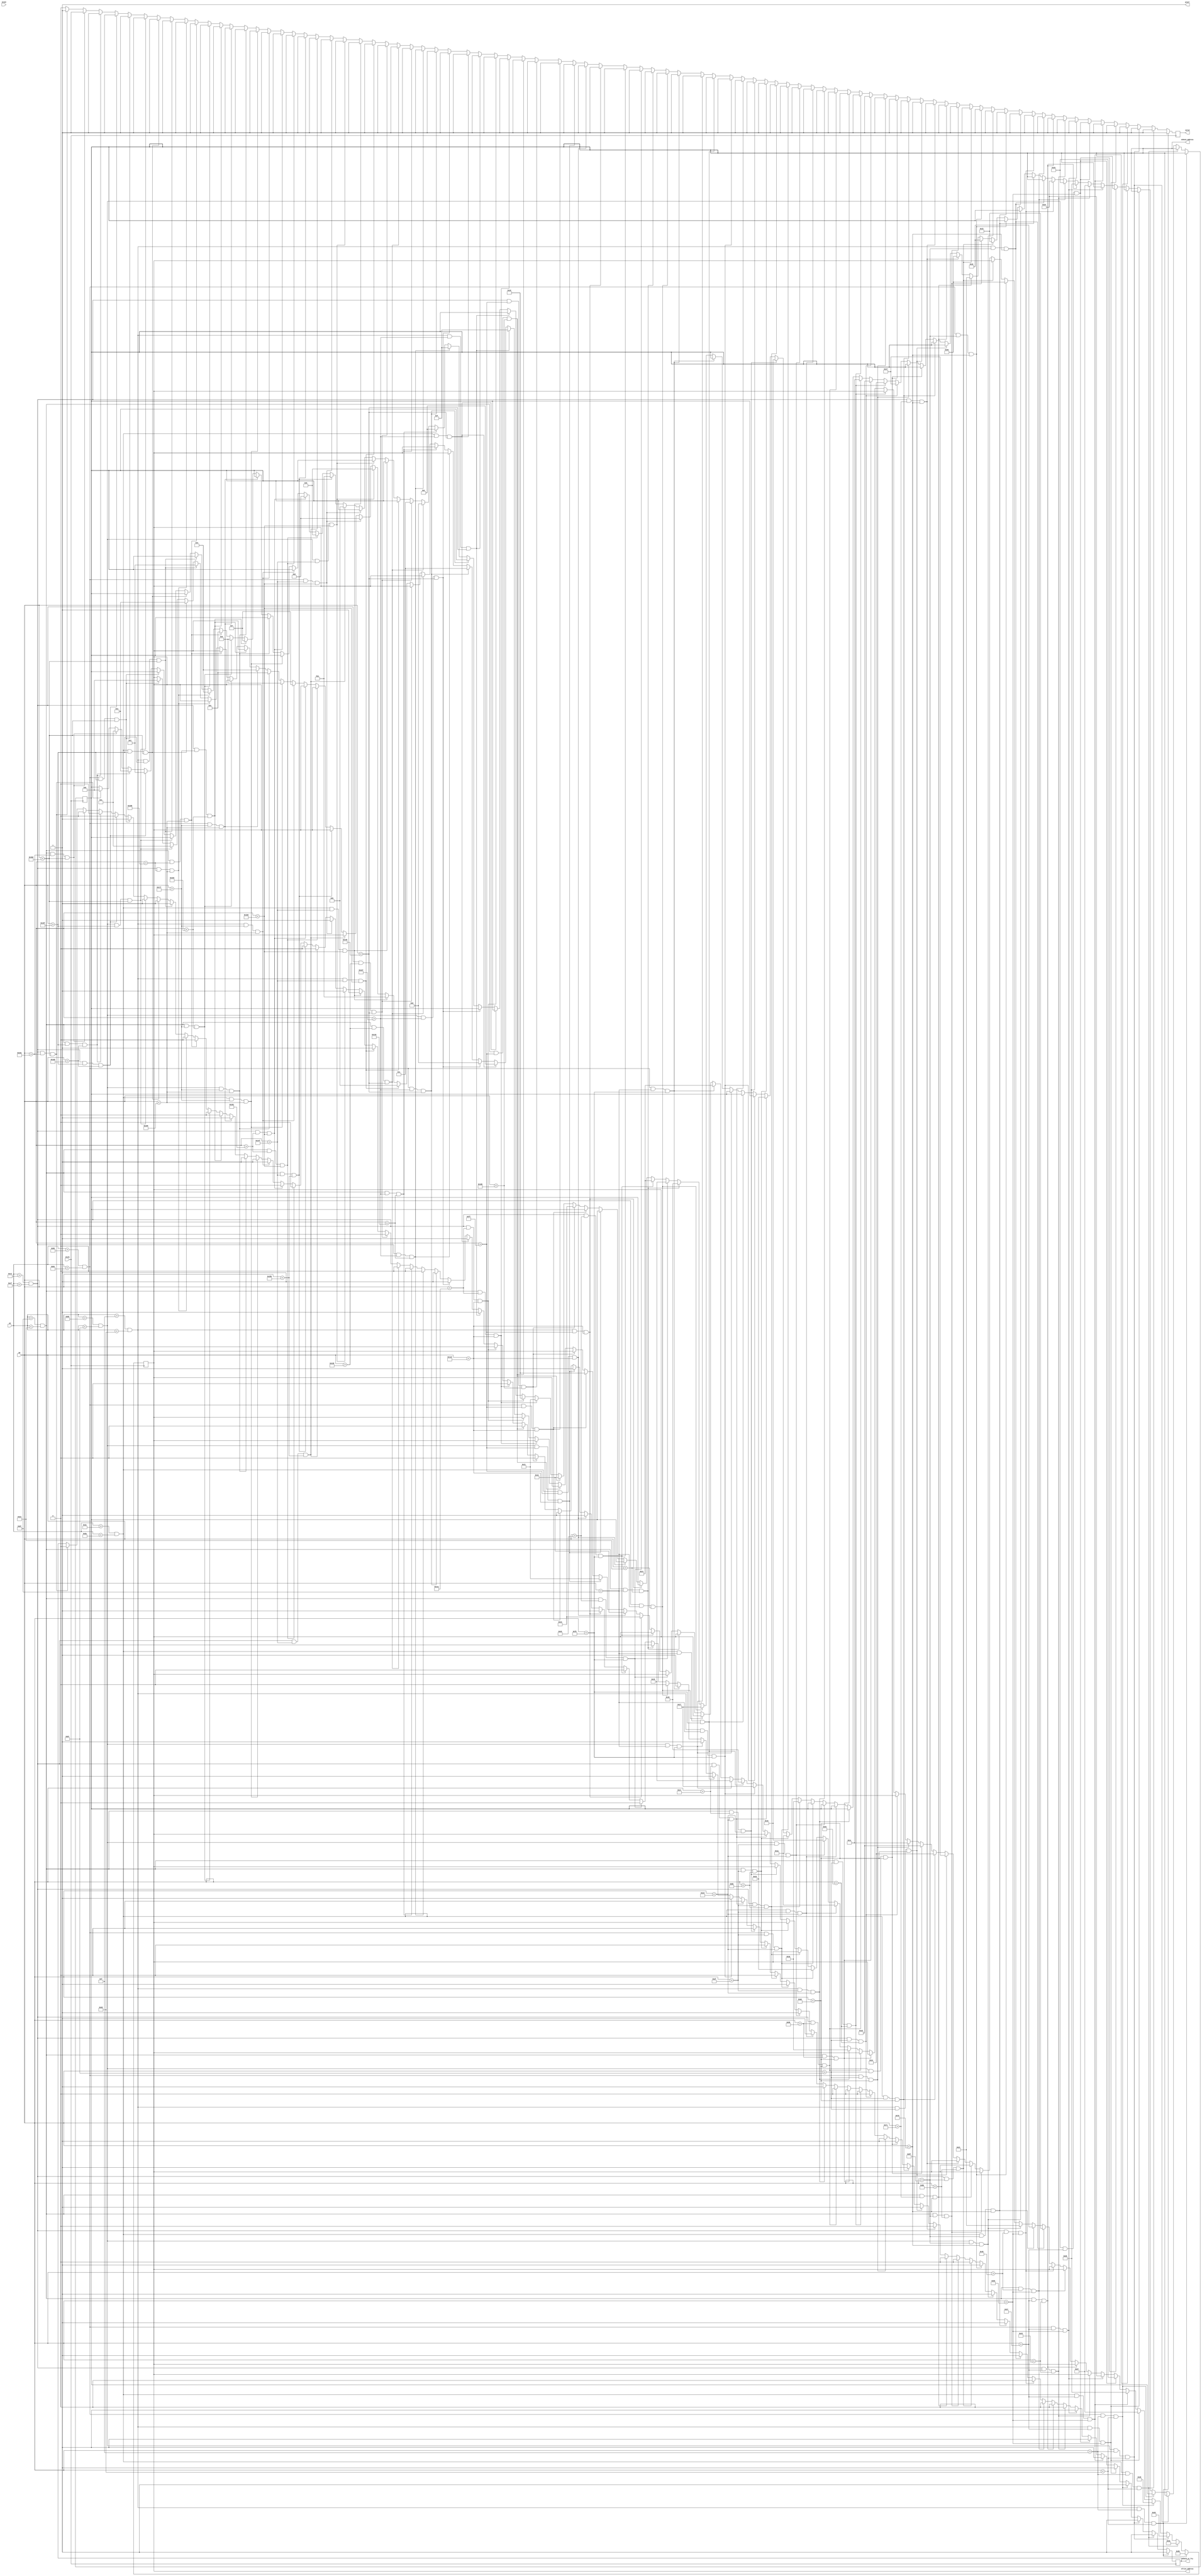
module boxes(
	input iCLK1,iCLK2,
	input [9:0] px,
	input [9:0] py,
	output reg [5:0]  oCheck_Address,
	output reg [5:0] oTries_Address,
	output reg oCheck_or_Try, //High for tries low for check
	output reg valid,
	output pixel
);


parameter COLS = 4;
parameter ROWS = 11;
parameter box_width = 30;
parameter box_height = 30;
parameter box_spacex = 15;
parameter box_spacey = 10;
parameter checks_width = 12;
parameter checks_height = 12;
parameter checks_spacex = 20;
parameter checks_spacey = 18; 


parameter row_pos = 15;
parameter col_pos = 15;
// test that we are inside the textbox
always @(negedge iCLK1)
	begin 
		//First Row (ANSWER)
		if(px>col_pos && px<(col_pos+box_width) && py>row_pos && py<(row_pos+box_height)) begin
				valid <= 1'b1;
				oTries_Address <= 43;
				oCheck_or_Try <= 1'b1;
		end else if(px>(col_pos+box_width+box_spacex) && px<((col_pos+box_width+box_spacex)+box_width) && py>row_pos && py<(row_pos+box_height)) begin
				valid <= 1'b1;
				oTries_Address <= 42;
				oCheck_or_Try <= 1'b1;
		end else if(px>(col_pos+2*(box_width+box_spacex)) && px<((col_pos+2*(box_width+box_spacex)) +box_width) && py>row_pos && py<(row_pos+box_height)) begin
				valid <= 1'b1;
				oTries_Address <= 41;
				oCheck_or_Try <= 1'b1;
		end else if(px>(col_pos+3*(box_width+box_spacex)) && px<((col_pos+3*(box_width+box_spacex)) +box_width) && py>row_pos && py<(row_pos+box_height)) begin
				valid <= 1'b1;
				oTries_Address <= 40;
				oCheck_or_Try <= 1'b1;
		//Second Row
		end else if(px>col_pos && px<(col_pos+box_width) && py>(row_pos+box_height+box_spacey) && py<((row_pos+box_height+box_spacey) +box_height)) begin
				valid <= 1'b1;
				oTries_Address <= 39;
				oCheck_or_Try <= 1'b1;
		end else if(px>(col_pos+box_width+box_spacex) && px<((col_pos+box_width+box_spacex)+box_width) && py>(row_pos+box_height+box_spacey) && py<((row_pos+box_height+box_spacey) +box_height)) begin
				valid <= 1'b1;
				oTries_Address <= 38;
				oCheck_or_Try <= 1'b1;
		end else if(px>(col_pos+2*(box_width+box_spacex)) && px<((col_pos+2*(box_width+box_spacex)) +box_width) && py>(row_pos+box_height+box_spacey) && py<((row_pos+box_height+box_spacey) +box_height)) begin
				valid <= 1'b1;
				oTries_Address <= 37;
				oCheck_or_Try <= 1'b1;
		end else if(px>(col_pos+3*(box_width+box_spacex)) && px<((col_pos+3*(box_width+box_spacex)) +box_width) && py>(row_pos+box_height+box_spacey) && py<((row_pos+box_height+box_spacey) +box_height)) begin
				valid <= 1'b1;
				oTries_Address <= 36;
				oCheck_or_Try <= 1'b1;
		//Second Row Tries 
		end else if(px>col_pos+4*(box_width+box_spacex) && px<((col_pos+4*(box_width+box_spacex)+checks_width)) 
					&& py>(row_pos+box_height+box_spacey) && py<(row_pos+checks_height+box_height+box_spacey)) begin
				valid <= 1'b1;
				oCheck_Address <= 39;
				oCheck_or_Try <= 1'b0;
		end else if(px>col_pos+4*(box_width+box_spacex)+checks_spacex && px<((col_pos+4*(box_width+box_spacex)+checks_spacex+checks_width)) 
					&& py>(row_pos+box_height+box_spacey) && py<(row_pos+checks_height+box_height+box_spacey)) begin
				valid <= 1'b1;
				oCheck_Address <= 38;
				oCheck_or_Try <= 1'b0;
		end else if(px>col_pos+4*(box_width+box_spacex)+checks_spacex  && px<((col_pos+4*(box_width+box_spacex)+checks_spacex+checks_width)) 
					&& py>(row_pos+box_height+box_spacey+checks_spacey) && py<(row_pos+checks_height+box_height+box_spacey+checks_spacey)) begin
			valid <= 1'b1;
			oCheck_Address <= 37;
			oCheck_or_Try <= 1'b0;
		end else if(px>col_pos+4*(box_width+box_spacex) && px<((col_pos+4*(box_width+box_spacex)+checks_width))
					&& py>(row_pos+box_height+box_spacey+checks_spacey) && py<(row_pos+checks_height+box_height+box_spacey+checks_spacey)) begin
			valid <= 1'b1;
			oCheck_Address <= 36;
			oCheck_or_Try <= 1'b0;
         //Third Row
         end else if(px>col_pos && px<(col_pos+box_width) && py>(row_pos+2*(box_height+box_spacey)) && py<((row_pos+2*(box_height+box_spacey)) +box_height)) begin
         		valid <= 1'b1;
         		oTries_Address <= 35;
         		oCheck_or_Try <= 1'b1;
         end else if(px>(col_pos+box_width+box_spacex) && px<((col_pos+box_width+box_spacex)+box_width) && py>(row_pos+2*(box_height+box_spacey)) && py<((row_pos+2*(box_height+box_spacey)) +box_height)) begin
         		valid <= 1'b1;
         		oTries_Address <= 34;
         		oCheck_or_Try <= 1'b1;
         end else if(px>(col_pos+2*(box_width+box_spacex)) && px<((col_pos+2*(box_width+box_spacex)) +box_width) && py>(row_pos+2*(box_height+box_spacey)) && py<((row_pos+2*(box_height+box_spacey)) +box_height)) begin
         		valid <= 1'b1;
         		oTries_Address <= 33;
         		oCheck_or_Try <= 1'b1;
         end else if(px>(col_pos+3*(box_width+box_spacex)) && px<((col_pos+3*(box_width+box_spacex)) +box_width) && py>(row_pos+2*(box_height+box_spacey)) && py<((row_pos+2*(box_height+box_spacey)) +box_height)) begin
         		valid <= 1'b1;
         		oTries_Address <= 32;
         		oCheck_or_Try <= 1'b1;
         //Third Row Tries 
         end else if(px>col_pos+4*(box_width+box_spacex) && px<((col_pos+4*(box_width+box_spacex)+checks_width)) 
         			&& py>(row_pos+2*(box_height+box_spacey)) && py<(row_pos+checks_height+2*(box_height+box_spacey))) begin
         		valid <= 1'b1;
         		oCheck_Address <= 35;
         		oCheck_or_Try <= 1'b0;
         end else if(px>col_pos+4*(box_width+box_spacex)+checks_spacex && px<((col_pos+4*(box_width+box_spacex)+checks_spacex+checks_width)) 
         			&& py>(row_pos+2*(box_height+box_spacey)) && py<(row_pos+checks_height+2*(box_height+box_spacey))) begin
         		valid <= 1'b1;
         		oCheck_Address <= 34;
         		oCheck_or_Try <= 1'b0;
         end else if(px>col_pos+4*(box_width+box_spacex)+checks_spacex  && px<((col_pos+4*(box_width+box_spacex)+checks_spacex+checks_width)) 
         			&& py>(row_pos+2*(box_height+box_spacey)+checks_spacey) && py<(row_pos+checks_height+2*(box_height+box_spacey)+checks_spacey)) begin
         	valid <= 1'b1;
         	oCheck_Address <= 33;
         	oCheck_or_Try <= 1'b0;
         end else if(px>col_pos+4*(box_width+box_spacex) && px<((col_pos+4*(box_width+box_spacex)+checks_width))
         			&& py>(row_pos+2*(box_height+box_spacey)+checks_spacey) && py<(row_pos+checks_height+2*(box_height+box_spacey)+checks_spacey)) begin
         	valid <= 1'b1;
         	oCheck_Address <= 32;
         	oCheck_or_Try <= 1'b0;
         //Fourth Row
         end else if(px>col_pos && px<(col_pos+box_width) && py>(row_pos+3*(box_height+box_spacey)) && py<((row_pos+3*(box_height+box_spacey)) +box_height)) begin
         		valid <= 1'b1;
         		oTries_Address <= 31;
         		oCheck_or_Try <= 1'b1;
         end else if(px>(col_pos+box_width+box_spacex) && px<((col_pos+box_width+box_spacex)+box_width) && py>(row_pos+3*(box_height+box_spacey)) && py<((row_pos+3*(box_height+box_spacey)) +box_height)) begin
         		valid <= 1'b1;
         		oTries_Address <= 30;
         		oCheck_or_Try <= 1'b1;
         end else if(px>(col_pos+2*(box_width+box_spacex)) && px<((col_pos+2*(box_width+box_spacex)) +box_width) && py>(row_pos+3*(box_height+box_spacey)) && py<((row_pos+3*(box_height+box_spacey)) +box_height)) begin
         		valid <= 1'b1;
         		oTries_Address <= 29;
         		oCheck_or_Try <= 1'b1;
         end else if(px>(col_pos+3*(box_width+box_spacex)) && px<((col_pos+3*(box_width+box_spacex)) +box_width) && py>(row_pos+3*(box_height+box_spacey)) && py<((row_pos+3*(box_height+box_spacey)) +box_height)) begin
         		valid <= 1'b1;
         		oTries_Address <= 28;
         		oCheck_or_Try <= 1'b1;
         //Fourth Row Tries 
			end else if(px>col_pos+4*(box_width+box_spacex) && px<((col_pos+4*(box_width+box_spacex)+checks_width)) 
						&& py>(row_pos+3*(box_height+box_spacey)) && py<(row_pos+checks_height+3*(box_height+box_spacey))) begin
					valid <= 1'b1;
					oCheck_Address <= 31;
					oCheck_or_Try <= 1'b0;
			end else if(px>col_pos+4*(box_width+box_spacex)+checks_spacex && px<((col_pos+4*(box_width+box_spacex)+checks_spacex+checks_width)) 
						&& py>(row_pos+3*(box_height+box_spacey)) && py<(row_pos+checks_height+3*(box_height+box_spacey))) begin
					valid <= 1'b1;
					oCheck_Address <= 30;
					oCheck_or_Try <= 1'b0;
			end else if(px>col_pos+4*(box_width+box_spacex)+checks_spacex  && px<((col_pos+4*(box_width+box_spacex)+checks_spacex+checks_width)) 
						&& py>(row_pos+3*(box_height+box_spacey)+checks_spacey) && py<(row_pos+checks_height+3*(box_height+box_spacey)+checks_spacey)) begin
				valid <= 1'b1;
				oCheck_Address <= 29;
				oCheck_or_Try <= 1'b0;
			end else if(px>col_pos+4*(box_width+box_spacex) && px<((col_pos+4*(box_width+box_spacex)+checks_width))
						&& py>(row_pos+3*(box_height+box_spacey)+checks_spacey) && py<(row_pos+checks_height+3*(box_height+box_spacey)+checks_spacey)) begin
				valid <= 1'b1;
				oCheck_Address <= 28;
				oCheck_or_Try <= 1'b0;
	//Fifth Row
	end else if(px>col_pos && px<(col_pos+box_width) && py>(row_pos+4*(box_height+box_spacey)) && py<((row_pos+4*(box_height+box_spacey)) +box_height)) begin
			valid <= 1'b1;
			oTries_Address <= 27;
			oCheck_or_Try <= 1'b1;
	end else if(px>(col_pos+box_width+box_spacex) && px<((col_pos+box_width+box_spacex)+box_width) && py>(row_pos+4*(box_height+box_spacey)) && py<((row_pos+4*(box_height+box_spacey)) +box_height)) begin
			valid <= 1'b1;
			oTries_Address <= 26;
			oCheck_or_Try <= 1'b1;
	end else if(px>(col_pos+2*(box_width+box_spacex)) && px<((col_pos+2*(box_width+box_spacex)) +box_width) && py>(row_pos+4*(box_height+box_spacey)) && py<((row_pos+4*(box_height+box_spacey)) +box_height)) begin
			valid <= 1'b1;
			oTries_Address <= 25;
			oCheck_or_Try <= 1'b1;
	end else if(px>(col_pos+3*(box_width+box_spacex)) && px<((col_pos+3*(box_width+box_spacex)) +box_width) && py>(row_pos+4*(box_height+box_spacey)) && py<((row_pos+4*(box_height+box_spacey)) +box_height)) begin
			valid <= 1'b1;
			oTries_Address <= 24;
			oCheck_or_Try <= 1'b1;
	//Fifth Row Tries 
			end else if(px>col_pos+4*(box_width+box_spacex) && px<((col_pos+4*(box_width+box_spacex)+checks_width)) 
						&& py>(row_pos+4*(box_height+box_spacey)) && py<(row_pos+checks_height+4*(box_height+box_spacey))) begin
					valid <= 1'b1;
					oCheck_Address <= 27;
					oCheck_or_Try <= 1'b0;
			end else if(px>col_pos+4*(box_width+box_spacex)+checks_spacex && px<((col_pos+4*(box_width+box_spacex)+checks_spacex+checks_width)) 
						&& py>(row_pos+4*(box_height+box_spacey)) && py<(row_pos+checks_height+4*(box_height+box_spacey))) begin
					valid <= 1'b1;
					oCheck_Address <= 26;
					oCheck_or_Try <= 1'b0;
			end else if(px>col_pos+4*(box_width+box_spacex)+checks_spacex  && px<((col_pos+4*(box_width+box_spacex)+checks_spacex+checks_width)) 
						&& py>(row_pos+4*(box_height+box_spacey)+checks_spacey) && py<(row_pos+checks_height+4*(box_height+box_spacey)+checks_spacey)) begin
				valid <= 1'b1;
				oCheck_Address <= 25;
				oCheck_or_Try <= 1'b0;
			end else if(px>col_pos+4*(box_width+box_spacex) && px<((col_pos+4*(box_width+box_spacex)+checks_width))
						&& py>(row_pos+4*(box_height+box_spacey)+checks_spacey) && py<(row_pos+checks_height+4*(box_height+box_spacey)+checks_spacey)) begin
				valid <= 1'b1;
				oCheck_Address <= 24;
				oCheck_or_Try <= 1'b0;
	//Sixth Row
	end else if(px>col_pos && px<(col_pos+box_width) && py>(row_pos+5*(box_height+box_spacey)) && py<((row_pos+5*(box_height+box_spacey)) +box_height)) begin
			valid <= 1'b1;
			oTries_Address <= 23;
			oCheck_or_Try <= 1'b1;
	end else if(px>(col_pos+box_width+box_spacex) && px<((col_pos+box_width+box_spacex)+box_width) && py>(row_pos+5*(box_height+box_spacey)) && py<((row_pos+5*(box_height+box_spacey)) +box_height)) begin
			valid <= 1'b1;
			oTries_Address <= 22;
			oCheck_or_Try <= 1'b1;
	end else if(px>(col_pos+2*(box_width+box_spacex)) && px<((col_pos+2*(box_width+box_spacex)) +box_width) && py>(row_pos+5*(box_height+box_spacey)) && py<((row_pos+5*(box_height+box_spacey)) +box_height)) begin
			valid <= 1'b1;
			oTries_Address <= 21;
			oCheck_or_Try <= 1'b1;
	end else if(px>(col_pos+3*(box_width+box_spacex)) && px<((col_pos+3*(box_width+box_spacex)) +box_width) && py>(row_pos+5*(box_height+box_spacey)) && py<((row_pos+5*(box_height+box_spacey)) +box_height)) begin
			valid <= 1'b1;
			oTries_Address <= 20;
			oCheck_or_Try <= 1'b1;
	//Sixth Row Tries 
			end else if(px>col_pos+4*(box_width+box_spacex) && px<((col_pos+4*(box_width+box_spacex)+checks_width)) 
						&& py>(row_pos+5*(box_height+box_spacey)) && py<(row_pos+checks_height+5*(box_height+box_spacey))) begin
					valid <= 1'b1;
					oCheck_Address <= 23;
					oCheck_or_Try <= 1'b0;
			end else if(px>col_pos+4*(box_width+box_spacex)+checks_spacex && px<((col_pos+4*(box_width+box_spacex)+checks_spacex+checks_width)) 
						&& py>(row_pos+5*(box_height+box_spacey)) && py<(row_pos+checks_height+5*(box_height+box_spacey))) begin
					valid <= 1'b1;
					oCheck_Address <= 22;
					oCheck_or_Try <= 1'b0;
			end else if(px>col_pos+4*(box_width+box_spacex)+checks_spacex  && px<((col_pos+4*(box_width+box_spacex)+checks_spacex+checks_width)) 
						&& py>(row_pos+5*(box_height+box_spacey)+checks_spacey) && py<(row_pos+checks_height+5*(box_height+box_spacey)+checks_spacey)) begin
				valid <= 1'b1;
				oCheck_Address <= 21;
				oCheck_or_Try <= 1'b0;
			end else if(px>col_pos+4*(box_width+box_spacex) && px<((col_pos+4*(box_width+box_spacex)+checks_width))
						&& py>(row_pos+5*(box_height+box_spacey)+checks_spacey) && py<(row_pos+checks_height+5*(box_height+box_spacey)+checks_spacey)) begin
				valid <= 1'b1;
				oCheck_Address <= 20;
				oCheck_or_Try <= 1'b0;
	//Seventh Row
	end else if(px>col_pos && px<(col_pos+box_width) && py>(row_pos+6*(box_height+box_spacey)) && py<((row_pos+6*(box_height+box_spacey)) +box_height)) begin
			valid <= 1'b1;
			oTries_Address <= 19;
			oCheck_or_Try <= 1'b1;
	end else if(px>(col_pos+box_width+box_spacex) && px<((col_pos+box_width+box_spacex)+box_width) && py>(row_pos+6*(box_height+box_spacey)) && py<((row_pos+6*(box_height+box_spacey)) +box_height)) begin
			valid <= 1'b1;
			oTries_Address <= 18;
			oCheck_or_Try <= 1'b1;
	end else if(px>(col_pos+2*(box_width+box_spacex)) && px<((col_pos+2*(box_width+box_spacex)) +box_width) && py>(row_pos+6*(box_height+box_spacey)) && py<((row_pos+6*(box_height+box_spacey)) +box_height)) begin
			valid <= 1'b1;
			oTries_Address <= 17;
			oCheck_or_Try <= 1'b1;
	end else if(px>(col_pos+3*(box_width+box_spacex)) && px<((col_pos+3*(box_width+box_spacex)) +box_width) && py>(row_pos+6*(box_height+box_spacey)) && py<((row_pos+6*(box_height+box_spacey)) +box_height)) begin
			valid <= 1'b1;
			oTries_Address <= 16;
			oCheck_or_Try <= 1'b1;
			
	//Seventh Row Tries 
			end else if(px>col_pos+4*(box_width+box_spacex) && px<((col_pos+4*(box_width+box_spacex)+checks_width)) 
						&& py>(row_pos+6*(box_height+box_spacey)) && py<(row_pos+checks_height+6*(box_height+box_spacey))) begin
					valid <= 1'b1;
					oCheck_Address <= 19;
					oCheck_or_Try <= 1'b0;
			end else if(px>col_pos+4*(box_width+box_spacex)+checks_spacex && px<((col_pos+4*(box_width+box_spacex)+checks_spacex+checks_width)) 
						&& py>(row_pos+6*(box_height+box_spacey)) && py<(row_pos+checks_height+6*(box_height+box_spacey))) begin
					valid <= 1'b1;
					oCheck_Address <= 18;
					oCheck_or_Try <= 1'b0;
			end else if(px>col_pos+4*(box_width+box_spacex)+checks_spacex  && px<((col_pos+4*(box_width+box_spacex)+checks_spacex+checks_width)) 
						&& py>(row_pos+6*(box_height+box_spacey)+checks_spacey) && py<(row_pos+checks_height+6*(box_height+box_spacey)+checks_spacey)) begin
				valid <= 1'b1;
				oCheck_Address <= 17;
				oCheck_or_Try <= 1'b0;
			end else if(px>col_pos+4*(box_width+box_spacex) && px<((col_pos+4*(box_width+box_spacex)+checks_width))
						&& py>(row_pos+6*(box_height+box_spacey)+checks_spacey) && py<(row_pos+checks_height+6*(box_height+box_spacey)+checks_spacey)) begin
				valid <= 1'b1;
				oCheck_Address <= 16;
				oCheck_or_Try <= 1'b0;
		//Eigth Row
		end else if(px>col_pos && px<(col_pos+box_width) && py>(row_pos+7*(box_height+box_spacey)) && py<((row_pos+7*(box_height+box_spacey)) +box_height)) begin
				valid <= 1'b1;
				oTries_Address <= 15;
				oCheck_or_Try <= 1'b1;
		end else if(px>(col_pos+box_width+box_spacex) && px<((col_pos+box_width+box_spacex)+box_width) && py>(row_pos+7*(box_height+box_spacey)) && py<((row_pos+7*(box_height+box_spacey)) +box_height)) begin
				valid <= 1'b1;
				oTries_Address <= 14;
				oCheck_or_Try <= 1'b1;
		end else if(px>(col_pos+2*(box_width+box_spacex)) && px<((col_pos+2*(box_width+box_spacex)) +box_width) && py>(row_pos+7*(box_height+box_spacey)) && py<((row_pos+7*(box_height+box_spacey)) +box_height)) begin
				valid <= 1'b1;
				oTries_Address <= 13;
				oCheck_or_Try <= 1'b1;
		end else if(px>(col_pos+3*(box_width+box_spacex)) && px<((col_pos+3*(box_width+box_spacex)) +box_width) && py>(row_pos+7*(box_height+box_spacey)) && py<((row_pos+7*(box_height+box_spacey)) +box_height)) begin
				valid <= 1'b1;
				oTries_Address <= 12;
				oCheck_or_Try <= 1'b1;
		//Eigth Row Tries 
		end else if(px>col_pos+4*(box_width+box_spacex) && px<((col_pos+4*(box_width+box_spacex)+checks_width)) 
					&& py>(row_pos+7*(box_height+box_spacey)) && py<(row_pos+checks_height+7*(box_height+box_spacey))) begin
				valid <= 1'b1;
				oCheck_Address <= 15;
				oCheck_or_Try <= 1'b0;
		end else if(px>col_pos+4*(box_width+box_spacex)+checks_spacex && px<((col_pos+4*(box_width+box_spacex)+checks_spacex+checks_width)) 
					&& py>(row_pos+7*(box_height+box_spacey)) && py<(row_pos+checks_height+7*(box_height+box_spacey))) begin
				valid <= 1'b1;
				oCheck_Address <= 14;
				oCheck_or_Try <= 1'b0;
		end else if(px>col_pos+4*(box_width+box_spacex)+checks_spacex  && px<((col_pos+4*(box_width+box_spacex)+checks_spacex+checks_width)) 
					&& py>(row_pos+7*(box_height+box_spacey)+checks_spacey) && py<(row_pos+checks_height+7*(box_height+box_spacey)+checks_spacey)) begin
			valid <= 1'b1;
			oCheck_Address <= 13;
			oCheck_or_Try <= 1'b0;
		end else if(px>col_pos+4*(box_width+box_spacex) && px<((col_pos+4*(box_width+box_spacex)+checks_width))
					&& py>(row_pos+7*(box_height+box_spacey)+checks_spacey) && py<(row_pos+checks_height+7*(box_height+box_spacey)+checks_spacey)) begin
			valid <= 1'b1;
			oCheck_Address <= 12;
			oCheck_or_Try <= 1'b0;
		//Nineth Row
		end else if(px>col_pos && px<(col_pos+box_width) && py>(row_pos+8*(box_height+box_spacey)) && py<((row_pos+8*(box_height+box_spacey)) +box_height)) begin
				valid <= 1'b1;
				oTries_Address <= 11;
				oCheck_or_Try <= 1'b1;
		end else if(px>(col_pos+box_width+box_spacex) && px<((col_pos+box_width+box_spacex)+box_width) && py>(row_pos+8*(box_height+box_spacey)) && py<((row_pos+8*(box_height+box_spacey)) +box_height)) begin
				valid <= 1'b1;
				oTries_Address <= 10;
				oCheck_or_Try <= 1'b1;
		end else if(px>(col_pos+2*(box_width+box_spacex)) && px<((col_pos+2*(box_width+box_spacex)) +box_width) && py>(row_pos+8*(box_height+box_spacey)) && py<((row_pos+8*(box_height+box_spacey)) +box_height)) begin
				valid <= 1'b1;
				oTries_Address <= 9;
				oCheck_or_Try <= 1'b1;
		end else if(px>(col_pos+3*(box_width+box_spacex)) && px<((col_pos+3*(box_width+box_spacex)) +box_width) && py>(row_pos+8*(box_height+box_spacey)) && py<((row_pos+8*(box_height+box_spacey)) +box_height)) begin
				valid <= 1'b1;
				oTries_Address <= 8;
				oCheck_or_Try <= 1'b1;
		//Nineth Row Tries 
		end else if(px>col_pos+4*(box_width+box_spacex) && px<((col_pos+4*(box_width+box_spacex)+checks_width)) 
					&& py>(row_pos+8*(box_height+box_spacey)) && py<(row_pos+checks_height+8*(box_height+box_spacey))) begin
				valid <= 1'b1;
				oCheck_Address <= 11;
				oCheck_or_Try <= 1'b0;
		end else if(px>col_pos+4*(box_width+box_spacex)+checks_spacex && px<((col_pos+4*(box_width+box_spacex)+checks_spacex+checks_width)) 
					&& py>(row_pos+8*(box_height+box_spacey)) && py<(row_pos+checks_height+8*(box_height+box_spacey))) begin
				valid <= 1'b1;
				oCheck_Address <= 10;
				oCheck_or_Try <= 1'b0;
		end else if(px>col_pos+4*(box_width+box_spacex)+checks_spacex  && px<((col_pos+4*(box_width+box_spacex)+checks_spacex+checks_width)) 
					&& py>(row_pos+8*(box_height+box_spacey)+checks_spacey) && py<(row_pos+checks_height+8*(box_height+box_spacey)+checks_spacey)) begin
			valid <= 1'b1;
			oCheck_Address <= 9;
			oCheck_or_Try <= 1'b0;
		end else if(px>col_pos+4*(box_width+box_spacex) && px<((col_pos+4*(box_width+box_spacex)+checks_width))
					&& py>(row_pos+8*(box_height+box_spacey)+checks_spacey) && py<(row_pos+checks_height+8*(box_height+box_spacey)+checks_spacey)) begin
			valid <= 1'b1;
			oCheck_Address <= 8;
			oCheck_or_Try <= 1'b0;
		
		//Tenth Row
		end else if(px>col_pos && px<(col_pos+box_width) && py>(row_pos+9*(box_height+box_spacey)) && py<((row_pos+9*(box_height+box_spacey)) +box_height)) begin
				valid <= 1'b1;
				oTries_Address <= 7;
				oCheck_or_Try <= 1'b1;
		end else if(px>(col_pos+box_width+box_spacex) && px<((col_pos+box_width+box_spacex)+box_width) && py>(row_pos+9*(box_height+box_spacey)) && py<((row_pos+9*(box_height+box_spacey)) +box_height)) begin
				valid <= 1'b1;
				oTries_Address <= 6;
				oCheck_or_Try <= 1'b1;
		end else if(px>(col_pos+2*(box_width+box_spacex)) && px<((col_pos+2*(box_width+box_spacex)) +box_width) && py>(row_pos+9*(box_height+box_spacey)) && py<((row_pos+9*(box_height+box_spacey)) +box_height)) begin
				valid <= 1'b1;
				oTries_Address <= 5;
				oCheck_or_Try <= 1'b1;
		end else if(px>(col_pos+3*(box_width+box_spacex)) && px<((col_pos+3*(box_width+box_spacex)) +box_width) && py>(row_pos+9*(box_height+box_spacey)) && py<((row_pos+9*(box_height+box_spacey)) +box_height)) begin
				valid <= 1'b1;
				oTries_Address <= 4;
				oCheck_or_Try <= 1'b1;
		//Tenth Row Tries
		end else if(px>col_pos+4*(box_width+box_spacex) && px<((col_pos+4*(box_width+box_spacex)+checks_width)) 
					&& py>(row_pos+9*(box_height+box_spacey)) && py<(row_pos+checks_height+9*(box_height+box_spacey))) begin
				valid <= 1'b1;
				oCheck_Address <= 7;
				oCheck_or_Try <= 1'b0;
		end else if(px>col_pos+4*(box_width+box_spacex)+checks_spacex && px<((col_pos+4*(box_width+box_spacex)+checks_spacex+checks_width)) 
					&& py>(row_pos+9*(box_height+box_spacey)) && py<(row_pos+checks_height+9*(box_height+box_spacey))) begin
				valid <= 1'b1;
				oCheck_Address <= 6;
				oCheck_or_Try <= 1'b0;
		end else if(px>col_pos+4*(box_width+box_spacex)+checks_spacex  && px<((col_pos+4*(box_width+box_spacex)+checks_spacex+checks_width)) 
					&& py>(row_pos+9*(box_height+box_spacey)+checks_spacey) && py<(row_pos+checks_height+9*(box_height+box_spacey)+checks_spacey)) begin
			valid <= 1'b1;
			oCheck_Address <= 5;
			oCheck_or_Try <= 1'b0;
		end else if(px>col_pos+4*(box_width+box_spacex) && px<((col_pos+4*(box_width+box_spacex)+checks_width))
					&& py>(row_pos+9*(box_height+box_spacey)+checks_spacey) && py<(row_pos+checks_height+9*(box_height+box_spacey)+checks_spacey)) begin
			valid <= 1'b1;
			oCheck_Address <= 4;
			oCheck_or_Try <= 1'b0;
		//Eleventh Row 
		end else if(px>col_pos && px<(col_pos+box_width) && py>(row_pos+10*(box_height+box_spacey)) && py<((row_pos+10*(box_height+box_spacey)) +box_height)) begin
				valid <= 1'b1;
				oTries_Address <= 3;
				oCheck_or_Try <= 1'b1;
		end else if(px>(col_pos+box_width+box_spacex) && px<((col_pos+box_width+box_spacex)+box_width) && py>(row_pos+10*(box_height+box_spacey)) && py<((row_pos+10*(box_height+box_spacey)) +box_height)) begin
				valid <= 1'b1;
				oTries_Address <= 2;
				oCheck_or_Try <= 1'b1;
		end else if(px>(col_pos+2*(box_width+box_spacex)) && px<((col_pos+2*(box_width+box_spacex)) +box_width) && py>(row_pos+10*(box_height+box_spacey)) && py<((row_pos+10*(box_height+box_spacey)) +box_height)) begin
				valid <= 1'b1;
				oTries_Address <= 1;
				oCheck_or_Try <= 1'b1;
		end else if(px>(col_pos+3*(box_width+box_spacex)) && px<((col_pos+3*(box_width+box_spacex)) +box_width) && py>(row_pos+10*(box_height+box_spacey)) && py<((row_pos+10*(box_height+box_spacey)) +box_height)) begin
				valid <= 1'b1;
				oTries_Address <= 0;
				oCheck_or_Try <= 1'b1;
		//Eleventh Row Tries 
		end else if(px>col_pos+4*(box_width+box_spacex) && px<((col_pos+4*(box_width+box_spacex)+checks_width)) 
					&& py>(row_pos+10*(box_height+box_spacey)) && py<(row_pos+checks_height+10*(box_height+box_spacey))) begin
				valid <= 1'b1;
				oCheck_Address <= 3;
				oCheck_or_Try <= 1'b0;
		end else if(px>col_pos+4*(box_width+box_spacex)+checks_spacex && px<((col_pos+4*(box_width+box_spacex)+checks_spacex+checks_width)) 
					&& py>(row_pos+10*(box_height+box_spacey)) && py<(row_pos+checks_height+10*(box_height+box_spacey))) begin
				valid <= 1'b1;
				oCheck_Address <= 2;
				oCheck_or_Try <= 1'b0;
		end else if(px>col_pos+4*(box_width+box_spacex)+checks_spacex  && px<((col_pos+4*(box_width+box_spacex)+checks_spacex+checks_width)) 
					&& py>(row_pos+10*(box_height+box_spacey)+checks_spacey) && py<(row_pos+checks_height+10*(box_height+box_spacey)+checks_spacey)) begin
			valid <= 1'b1;
			oCheck_Address <= 1;
			oCheck_or_Try <= 1'b0;
		end else if(px>col_pos+4*(box_width+box_spacex) && px<((col_pos+4*(box_width+box_spacex)+checks_width))
					&& py>(row_pos+10*(box_height+box_spacey)+checks_spacey) && py<(row_pos+checks_height+10*(box_height+box_spacey)+checks_spacey)) begin
			valid <= 1'b1;
			oCheck_Address <= 0;
			oCheck_or_Try <= 1'b0;
		end else begin	
				valid <= 1'b0;
		end
		
	end
	assign pixel = 1'b1;
	
endmodule